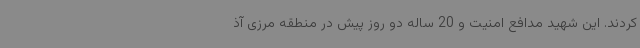
کردند. این شهید مدافع امنیت و 20 ساله دو روز پیش در منطقه مرزی آذ